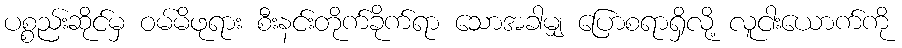
ပစ္စည်းဆိုင်မှ ဝမ်မိဖုရား စီးနင်းတိုက်ခိုက်ရာ သောအခါမျှ ပြောစရာရှိလို့ လူငါးယောက်ကို